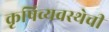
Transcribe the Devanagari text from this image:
कृषिव्यवस्थेची